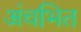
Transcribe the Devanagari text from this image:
अंचभित